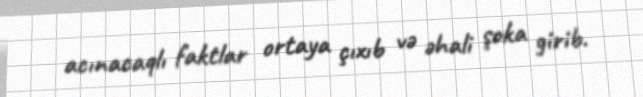
acınacaqlı faktlar ortaya çıxıb və əhali şoka girib.